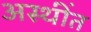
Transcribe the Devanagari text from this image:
अस्थींत